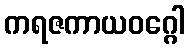
ကရဇကာယဝဂ္ဂေါ